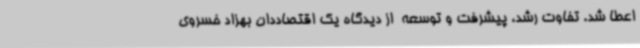
اعطا شد. تفاوت رشد، پیشرفت و توسعه  از دیدگاه یک اقتصاددان بهزاد خسروی